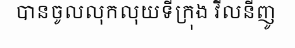
បានចូលលុកលុយទីក្រុង វីលនីញូ